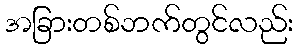
အခြားတစ်ဘက်တွင်လည်း